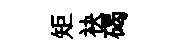
矩袂碣